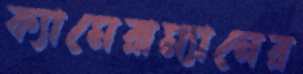
ক্যামেরাম্যানের